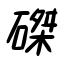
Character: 磔